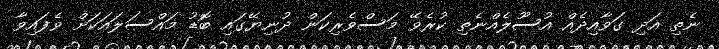
ނެތި އަދި ގަވާއިދެއް އުސޫލެއްނެތި ކުރެވޭ މަސްވެރިކަން ދުނިޔޭގައި ބޮޑު މައްސަލައަކަށް ވެފައިވާ